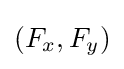
(F_{x},F_{y})